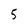
Character: 5